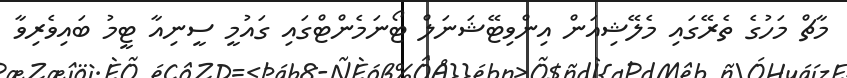
މާޗް މަހުގެ ތެރޭގައި މެލޭޝިއަން އިންވިޓޭޝަނަލް ޓޯނަމެންޓްގައި ގައުމީ ސީނިއާ ޓީމު ބައިވެރިވާ